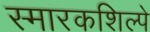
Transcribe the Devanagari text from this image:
स्मारकशिल्पे